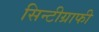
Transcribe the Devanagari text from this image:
सिन्टीग्राफी